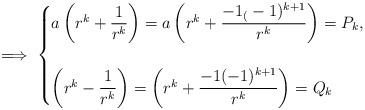
LaTeX: \begin{align*} \implies \begin{cases}a\left(r^k+\dfrac{1}{r^k}\right)=a\left(r^k+\dfrac{-1_(-1)^{k+1}}{r^k}\right)=P_k, \\ &\\ \left(r^k-\dfrac{1}{r^k}\right)=\left(r^k+\dfrac{-1(-1)^{k+1}}{r^k}\right)=Q_k\end{cases} \end{align*}